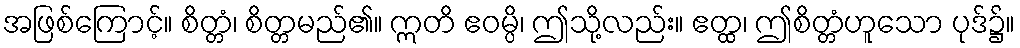
အဖြစ်ကြောင့်။ စိတ္တံ၊ စိတ္တမည်၏။ ဣတိ ဧဝမ္ပိ၊ ဤသို့လည်း။ ဧတ္ထ၊ ဤစိတ္တံဟူသော ပုဒ်၌။